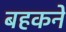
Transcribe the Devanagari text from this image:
बहकने